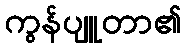
ကွန်ပျူတာ၏